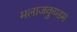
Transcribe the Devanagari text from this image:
मलाजकुण्डम